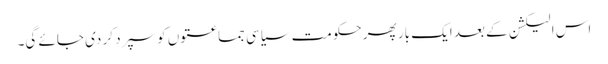
اس الیکشن کے بعد ایک بار پھر حکومت سیاسی جماعتوں کو سپرد کر دی جائے گی۔